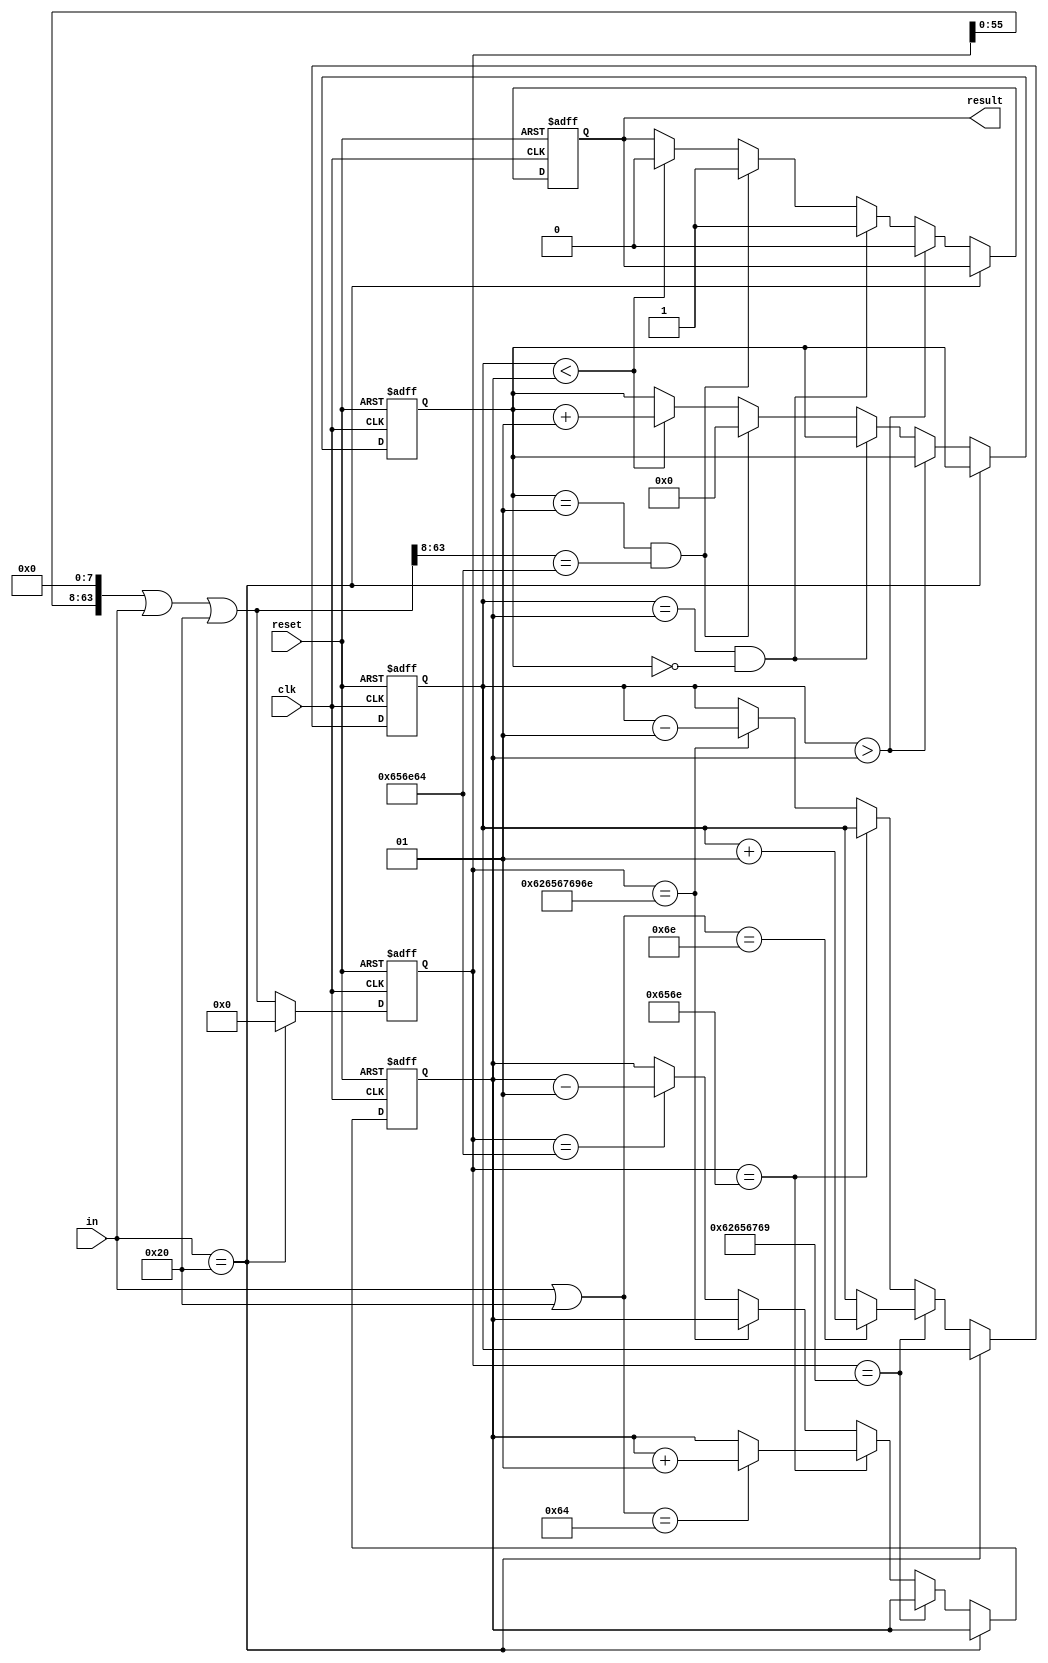
module BlockChecker (
    input            clk,
    input            reset,
    input      [7:0] in,
    output reg       result
);

    integer nBegin, nEnd, flag;
    reg [63:0] word;

    always @(posedge clk, posedge reset) begin
        if (reset) begin
            result <= 1;
            flag   <= 0;
            word = 64'b0;
            nBegin <= 0;
            nEnd   <= 0;
        end else begin
            if (in == " ") begin
                word = 0;
            end else begin

                if (word == "begi") nBegin <= ((in | (6'b1 << 5)) == "n") ? nBegin + 1 : nBegin;
                else if (word == "en") nEnd <= ((in | (6'b1 << 5)) == "d") ? nEnd + 1 : nEnd;
                else if (word == "begin") nBegin <= nBegin - 1;
                else if (word == "end") nEnd <= nEnd - 1;
                word = (word << 8) | in | (6'b1 << 5);
                // $display("%s nBegin:%d nEnd:%d", word, nBegin, nEnd);

                if (nBegin > nEnd) result <= 0;
                else if (nBegin == nEnd && flag == 0) result <= 1;
                else if (flag == 1 && word >> 8 == "end") begin
                    flag   <= 0;
                    result <= 1;
                end else if (nBegin < nEnd) begin
                    flag   <= flag + 1;
                    result <= 0;
                end

            end
        end
    end



endmodule